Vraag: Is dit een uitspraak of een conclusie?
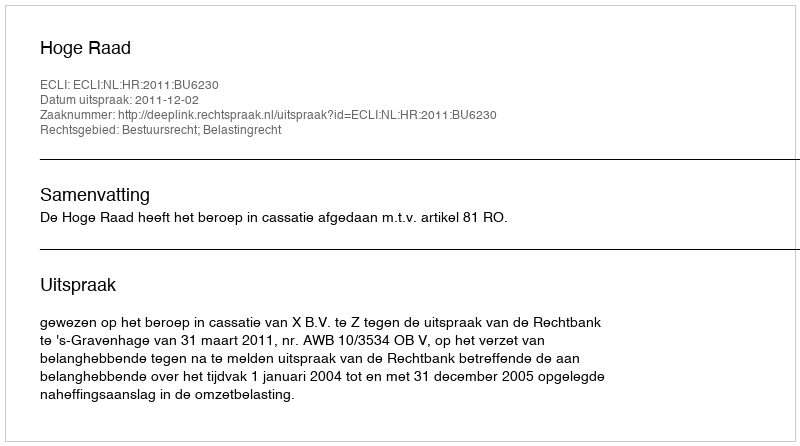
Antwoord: Uitspraak